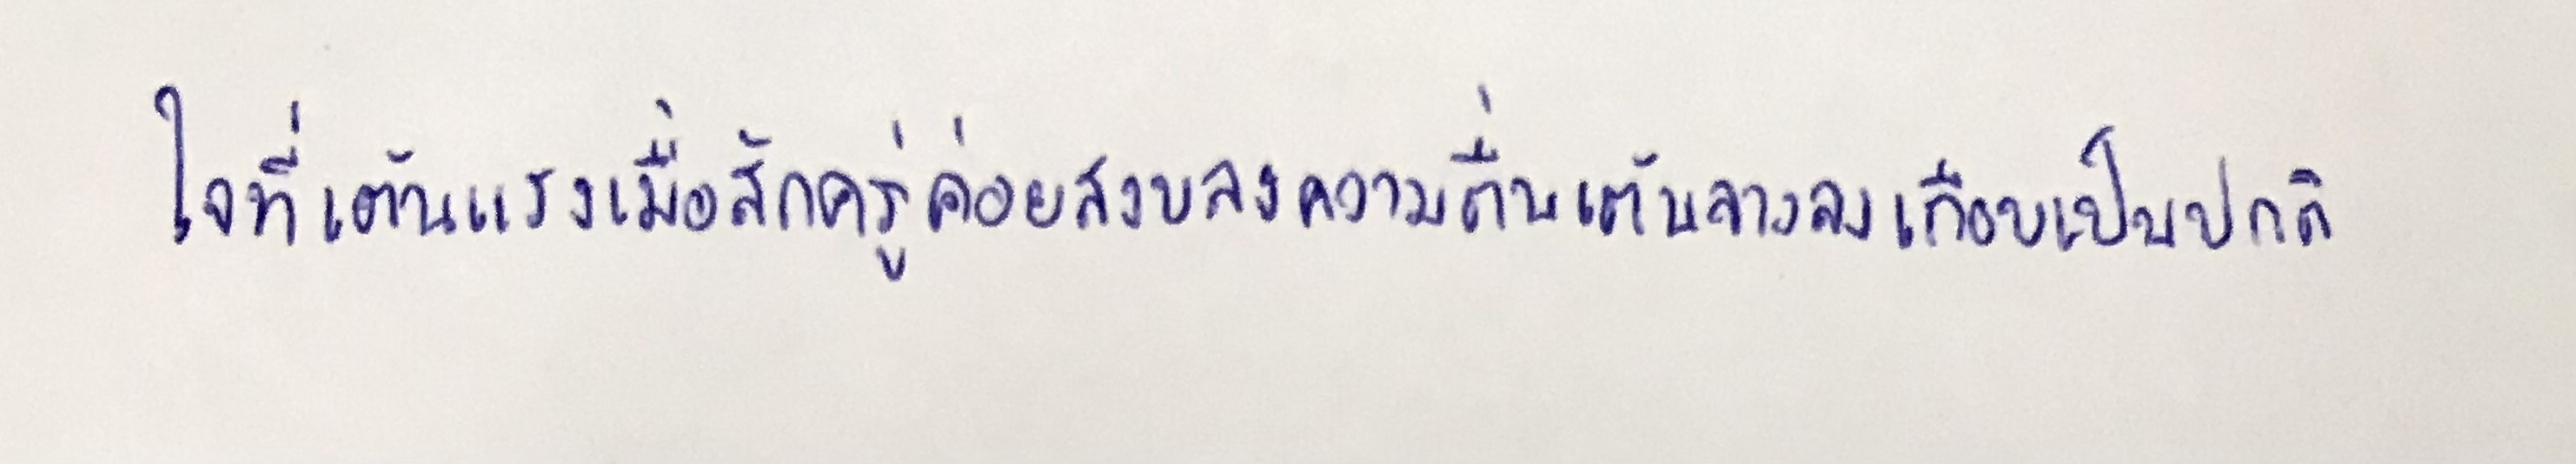
ใจที่เต้นแรงเมื่อสักครู่ค่อยสงบลงความตื่นเต้นจางลงเกือบเป็นปกติ